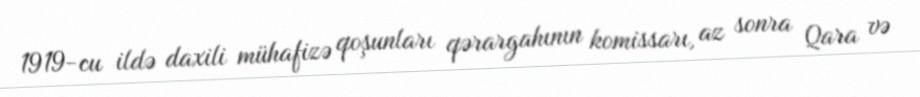
1919-cu ildə daxili mühafizə qoşunları qərargahının komissarı, az sonra Qara və